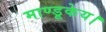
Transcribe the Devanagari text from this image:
माण्डूकेय।